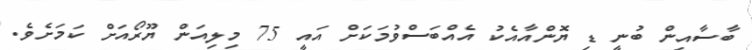
ބާސާއިން ބުނީ ޑި ޔޮންއާއެކު އެއްބަސްވުމަކަށް އައީ 75 މިލިއަން ޔޫރޯއަށް ކަމަށެވެ.